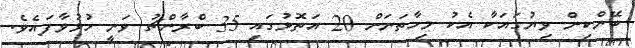
ބޭންކިން ވިޔުގައަކާ އެކު މިހާތަނަށް 20 އަތޮޅުގައި 35 ބްރާންޗު ވަނީ ހުޅުވާފައެވެ.